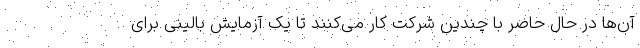
آن‌ها در حال حاضر با چندین شرکت کار می‌کنند تا یک آزمایش بالینی برای